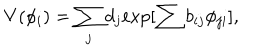
V ( \phi _ { i } ) = \sum _ { j } d _ { j } { \exp [ \sum b _ { i j } \phi _ { j i } ] } ,